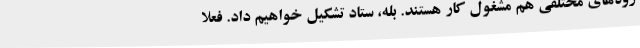
روه‌های مختلفی هم مشغول کار هستند. بله، ستاد تشکیل خواهیم داد. فعلاً